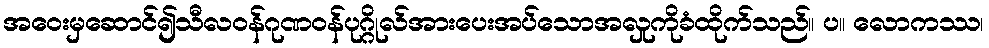
အဝေးမှဆောင်၍သီလဝန်ဂုဏဝန်ပုဂ္ဂိုလ်အားပေးအပ်သောအလှုကိုခံထိုက်သည်။ ပ။ လောကဿ၊